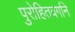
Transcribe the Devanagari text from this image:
पुरोहितवर्गाने